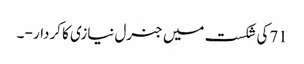
71کی شکست میں جنرل نیازی کا کردار - ۔